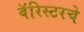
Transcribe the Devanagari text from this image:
बॅरिस्टरचे